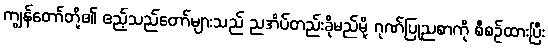
ကျွန်တော်တို့၏ ဧည့်သည်တော်များသည် ညအိပ်တည်းခိုမည်မို့ ဂုဏ်ပြုညစာကို စီစဉ်ထားပြီး